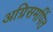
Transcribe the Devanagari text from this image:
अग्निसमर्पित